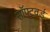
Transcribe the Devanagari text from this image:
सॉफ्टवर्ड